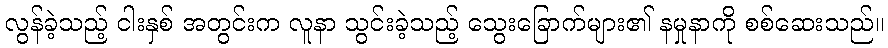
လွန်ခဲ့သည့် ငါးနှစ် အတွင်းက လူနာ သွင်းခဲ့သည့် သွေးခြောက်များ၏ နမှုနာကို စစ်ဆေးသည်။